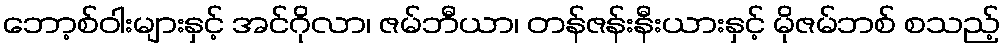
ဘော့စ်ဝါးများနှင့် အင်ဂိုလာ၊ ဇမ်ဘီယာ၊ တန်ဇန်းနီးယားနှင့် မိုဇမ်ဘစ် စသည့်